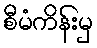
စီမံကိန်းမှ